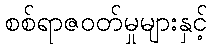
စစ်ရာဇဝတ်မှုများနှင့်